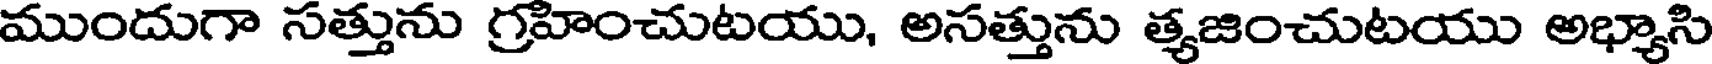
ముందుగా సత్తును గ్రహించుటయు, అసత్తును త్యజించుటయు అభ్యాసి